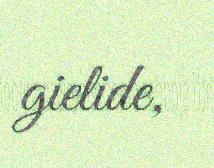
gielide,